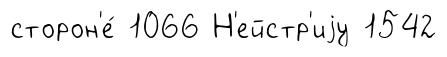
сторон'е́ 1066 Н'ейстр'иjу 1542